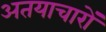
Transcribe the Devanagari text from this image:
अतयाचारों